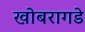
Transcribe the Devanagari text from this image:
खोबरागडे